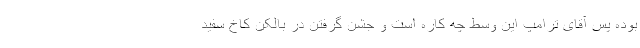
بوده پس آقای ترامپ این وسط چه کاره است و جشن گرفتن در بالکن کاخ سفید